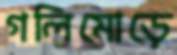
গলিমোড়ে